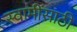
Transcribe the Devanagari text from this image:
स्वामींसाठी